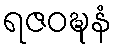
ရဇဝဍ္ဎနံ